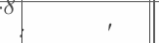
:      '